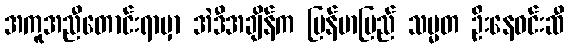
အကူအညီတောင်းရာမှာ အဲဒီအချိန်က မြန်မာပြည် သမ္မတ ဦးနေဝင်းဆီ